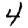
Digit: 4